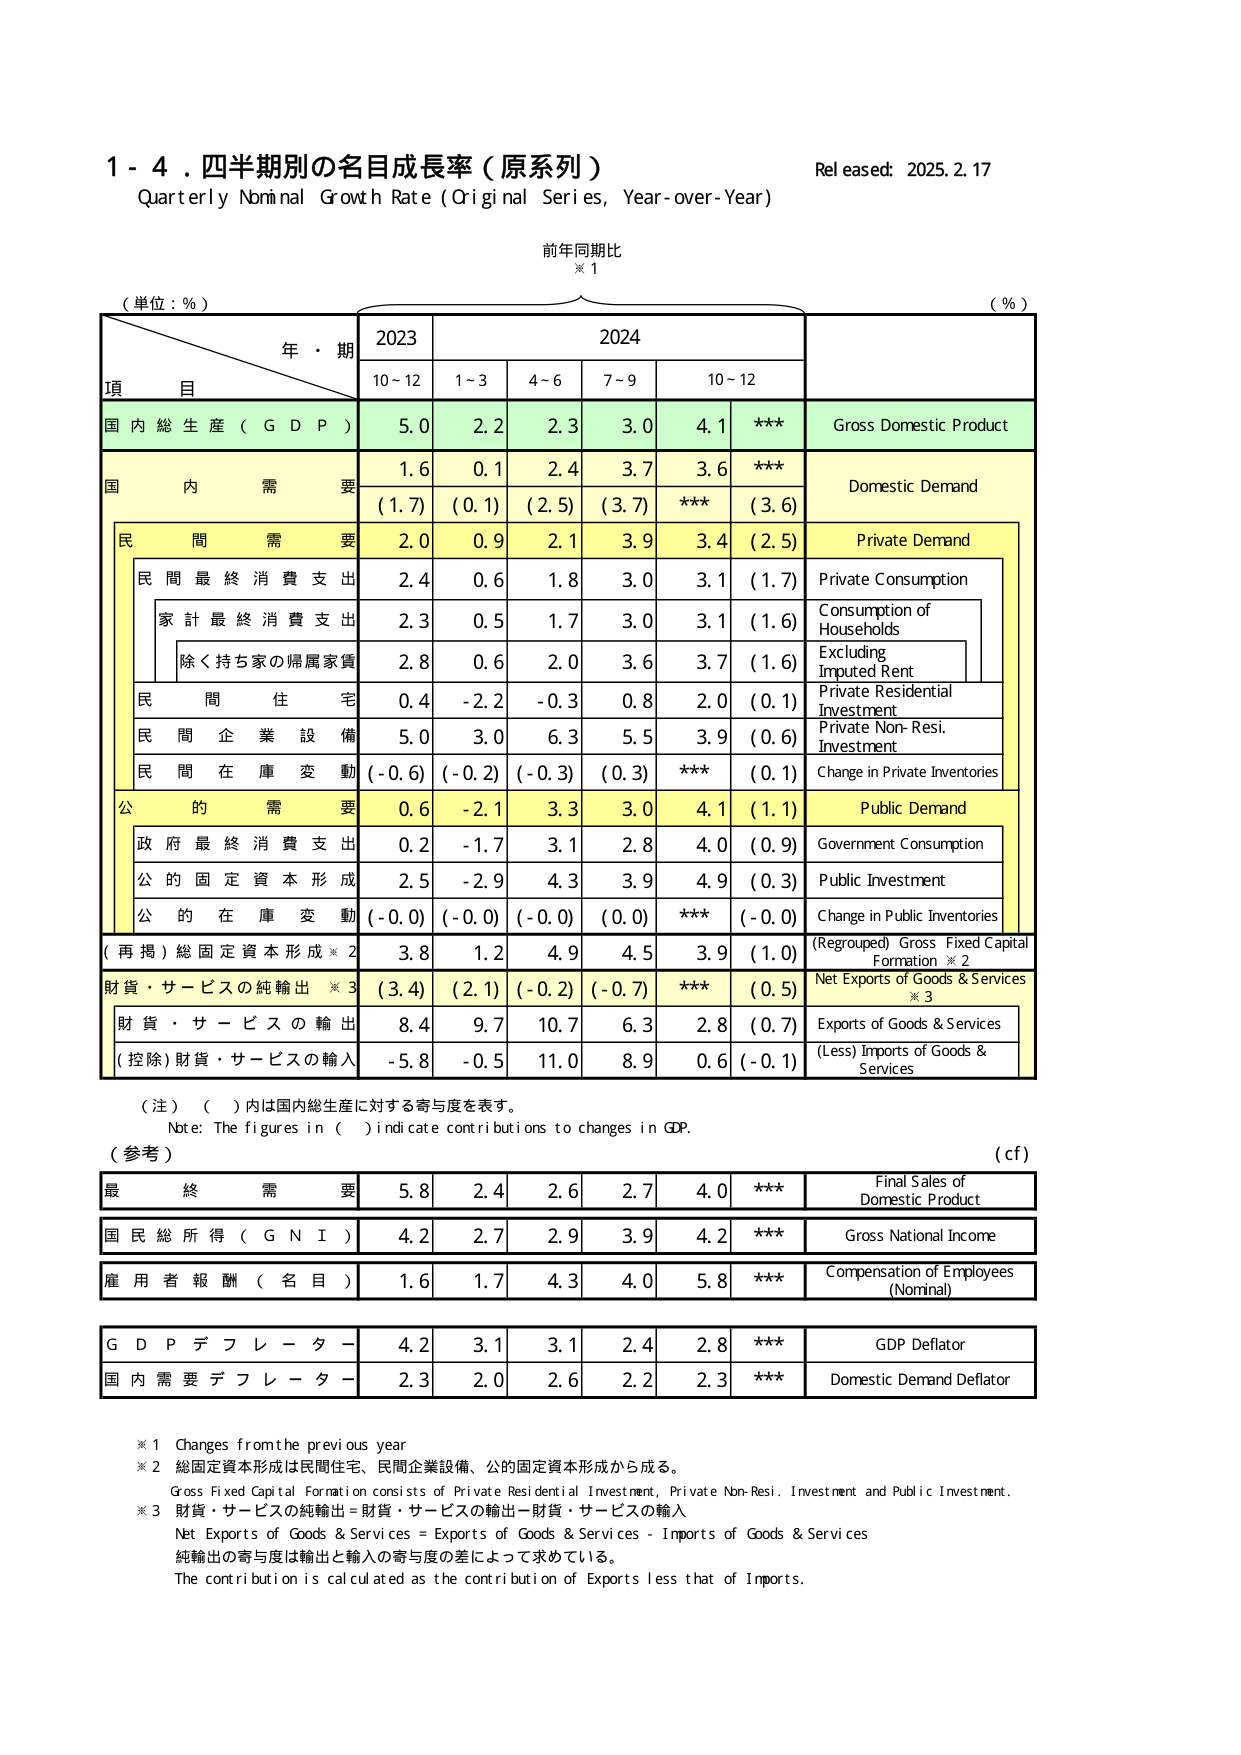
1 - 4. 四半期別の名目成長率（原系列）
Quarterly Nominal Growth Rate (Original Series, Year-over-Year)
Released: 2025.2.17
前年同期比
※1
（単位：%）
年・期
2023
2024
（%）
項 目
10~12
1~3
4~6
7~9
10~12
国内総生産（GDP）
5.0
2.2
2.3
3.0
4.1
***
Gross Domestic Product
国内需要
1.6
0.1
2.4
3.7
3.6
***
Domestic Demand
(1.7)
(0.1)
(2.5)
(3.7)
***
(3.6)
民間需要
2.0
0.9
2.1
3.9
3.4
(2.5)
Private Demand
民間最終消費支出
2.4
0.6
1.8
3.0
3.1
(1.7)
Private Consumption
家計最終消費支出
2.3
0.5
1.7
3.0
3.1
(1.6)
Consumption of Households
除く持ち家の帰属家賃
2.8
0.6
2.0
3.6
3.7
(1.6)
Excluding Imputed Rent
民間住宅
0.4
-2.2
-0.3
0.8
2.0
(0.1)
Private Residential Investment
民間企業設備
5.0
3.0
6.3
5.5
3.9
(0.6)
Private Non-Resi. Investment
民間在庫変動
(-0.6)
(-0.2)
(-0.3)
(0.3)
***
(0.1)
Change in Private Inventories
公的需要
0.6
-2.1
3.3
3.0
4.1
(1.1)
Public Demand
政府最終消費支出
0.2
-1.7
3.1
2.8
4.0
(0.9)
Government Consumption
公的固定資本形成
2.5
-2.9
4.3
3.9
4.9
(0.3)
Public Investment
公的在庫変動
(-0.0)
(-0.0)
(-0.0)
(0.0)
***
(-0.0)
Change in Public Inventories
（再掲）総固定資本形成※2
3.8
1.2
4.9
4.5
3.9
(1.0)
(Regrouped) Gross Fixed Capital Formation ※2
財貨・サービスの純輸出※3
(3.4)
(2.1)
(-0.2)
(-0.7)
***
(0.5)
Net Exports of Goods & Services ※3
財貨・サービスの輸出
8.4
9.7
10.7
6.3
2.8
(0.7)
Exports of Goods & Services
(控除)財貨・サービスの輸入
-5.8
-0.5
11.0
8.9
0.6
(-0.1)
(Less) Imports of Goods & Services
（注）（ ）内は国内総生産に対する寄与度を表す。
Note: The figures in ( ) indicate contributions to changes in GDP.
（参考）
（cf）
最終需要
5.8
2.4
2.6
2.7
4.0
***
Final Sales of Domestic Product
国民総所得（GNI）
4.2
2.7
2.9
3.9
4.2
***
Gross National Income
雇用者報酬（名目）
1.6
1.7
4.3
4.0
5.8
***
Compensation of Employees (Nominal)
GDPデフレーター
4.2
3.1
3.1
2.4
2.8
***
GDP Deflator
国内需要デフレーター
2.3
2.0
2.6
2.2
2.3
***
Domestic Demand Deflator
※1 Changes from the previous year
※2 総固定資本形成は民間住宅、民間企業設備、公的固定資本形成から成る。
Gross Fixed Capital Formation consists of Private Residential Investment, Private Non-Resi. Investment and Public Investment.
※3 財貨・サービスの純輸出＝財貨・サービスの輸出－財貨・サービスの輸入
Net Exports of Goods & Services = Exports of Goods & Services - Imports of Goods & Services
純輸出の寄与度は輸出と輸入の寄与度の差によって求めている。
The contribution is calculated as the contribution of Exports less that of Imports.